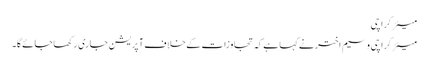
میئر کراچی
میئرکراچی وسیم اخترنے کہا ہےکہ تجاوزات کےخلاف آپریشن جاری رکھاجائےگا۔